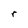
Character: r